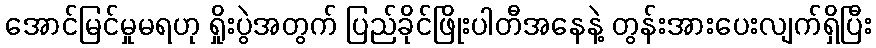
အောင်မြင်မှုမရဟု ရှိုးပွဲအတွက် ပြည်ခိုင်ဖြိုးပါတီအနေနဲ့ တွန်းအားပေးလျက်ရှိပြီး